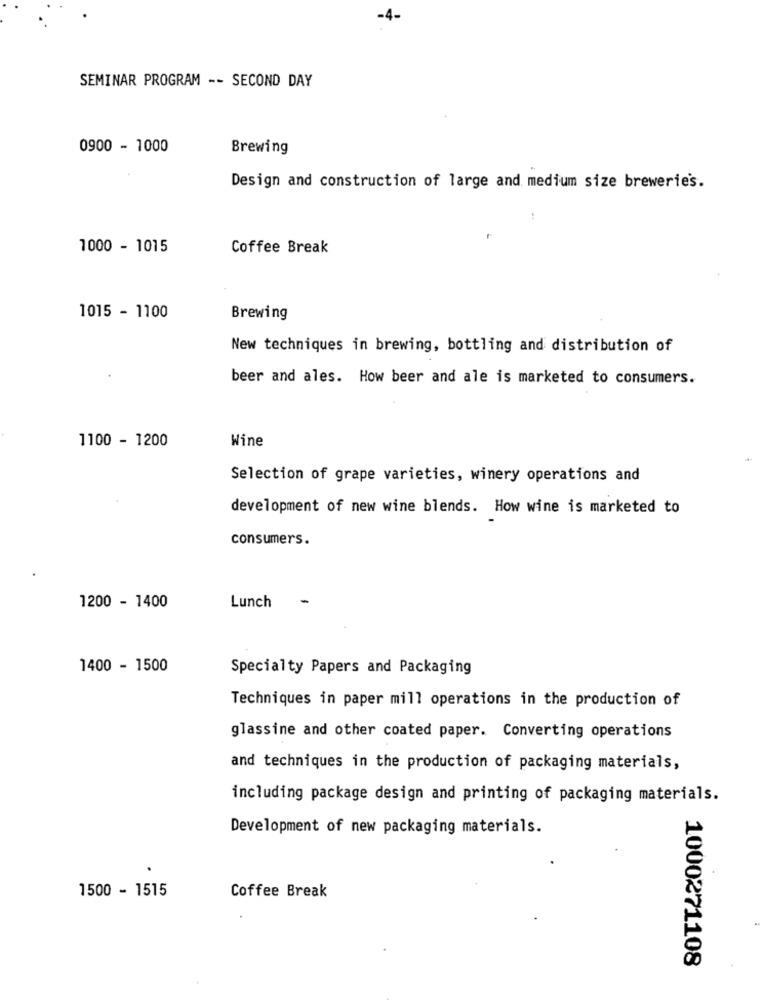
-4-
SEMINAR PROGRAM -- SECOND DAY
0900 - 1000
Brewing
Design and construction of large and medium size breweries.
1000 - 1015
Coffee Break
1015 - 1100
Brewing
New techniques in brewing, bottling and distribution of
beer and ales. How beer and ale is marketed to consumers.
1100 - 1200
Wine
Selection of grape varieties, winery operations and
development of new wine blends. How wine is marketed to
consumers.
1200 - 1400
Lunch
1400 - 1500
Specialty Papers and Packaging
Techniques in paper mill operations in the production of
glassine and other coated paper. Converting operations
and techniques in the production of packaging materials,
including package design and printing of packaging materials.
Development of new packaging materials.
1500 - 1515
Coffee Break
1000271108